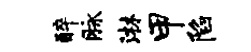
醉脉淋甲陷